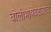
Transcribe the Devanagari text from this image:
बोलीभाषेबरोबरच